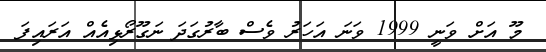
މޫ އަށް ވަނީ 1999 ވަނަ އަހަރު ވެސް ބާރުގަދަ ނަގޫރޯޅިއެއް އަރައިފަ